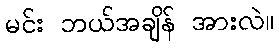
မင်း ဘယ်အချိန် အားလဲ။